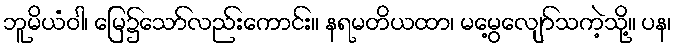
ဘူမိယံဝါ၊ မြေ၌သော်လည်းကောင်း။ နရမတိယထာ၊ မမွေ့လျော်သကဲ့သို့။ ပန၊